Report of veterinary surgeon J.H. Steel, A.V.D., on his investigation into an obscure and fatal disease among transport mules in British Burma
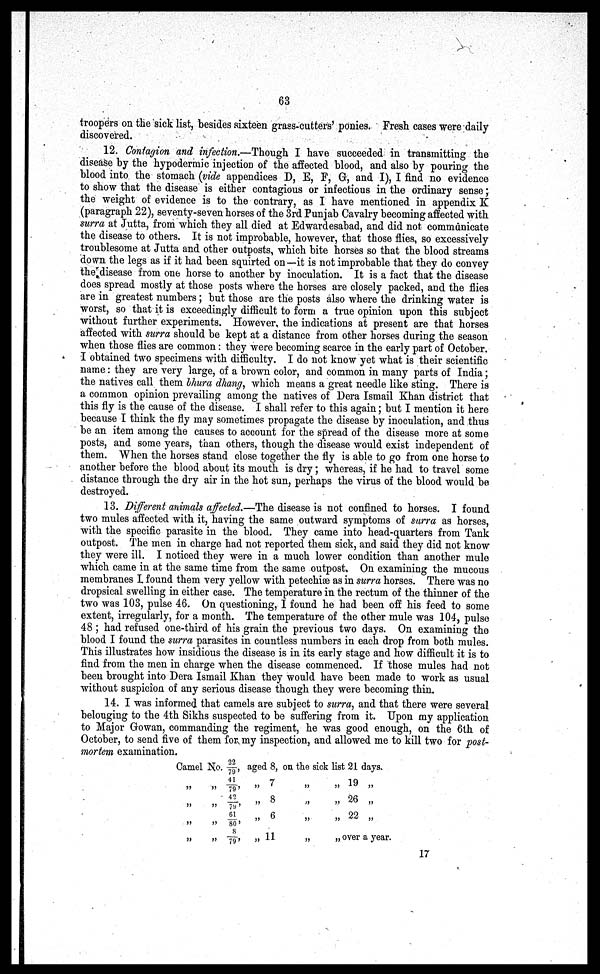
63
troopers on the sick list, besides sixteen grass-cutters' ponies. Fresh cases were daily
discovered.
12. Contagion and infection.—Though I have succeeded in transmitting the
disease by the hypodermic injection of the affected blood, and also by pouring the
blood into the stomach (vide appendices D, E, F, G, and I), I find no evidence
to show that the disease is either contagious or infectious in the ordinary sense;
the weight of evidence is to the contrary, as I have mentioned in appendix K
(paragraph 22), seventy-seven horses of the 3rd Punjab Cavalry becoming affected with
surra at Jutta, from which they all died at Edwardesabad, and did not communicate
the disease to others. It is not improbable, however, that those flies, so excessively
troublesome at Jutta and other outposts, which bite horses so that the blood streams
down the legs as if it had been squirted on—it is not improbable that they do convey
the disease from one horse to another by inoculation. It is a fact that the disease
does spread mostly at those posts where the horses are closely packed, and the flies
are in greatest numbers; but those are the posts also where the drinking water is
worst, so that it is exceedingly difficult to form a true opinion upon this subject
without further experiments. However, the indications at present are that horses
affected with surra should be kept at a distance from other horses during the season
when those flies are common: they were becoming scarce in the early part of October.
I obtained two specimens with difficulty. I do not know yet what is their scientific
name: they are very large, of a brown color, and common in many parts of India;
the natives call them bhura dhang, which means a great needle like sting. There is
a common opinion prevailing among the natives of Dera Ismail Khan district that
this fly is the cause of the disease. I shall refer to this again; but I mention it here
because I think the fly may sometimes propagate the disease by inoculation, and thus
be an item among the causes to account for the spread of the disease more at some
posts, and some years, than others, though the disease would exist independent of
them. When the horses stand close together the fly is able to go from one horse to
another before the blood about its mouth is dry; whereas, if he had to travel some
distance through the dry air in the hot sun, perhaps the virus of the blood would be
destroyed.
13. Different animals affected.—The disease is not confined to horses. I found
two mules affected with it, having the same outward symptoms of surra as horses,
with the specific parasite in the blood. They came into head-quarters from Tank
outpost. The men in charge had not reported them sick, and said they did not know
they were ill. I noticed they were in a much lower condition than another mule
which came in at the same time from the same outpost, On examining the mucous
membranes I found them very yellow with petechiae as in surra horses. There was no
dropsical swelling in either case. The temperature in the rectum of the thinner of the
two was 103, pulse 46. On questioning, I found he had been off his feed to some
extent, irregularly, for a month. The temperature of the other mule was 104, pulse
48 ; had refused one-third of his grain the previous two days. On examining the
blood I found the surra parasites in countless numbers in each drop from both mules.
This illustrates how insidious the disease is in its early stage and how difficult it is to
find from the men in charge when the disease commenced. If those mules had not
been brought into Dera Ismail Khan they would have been made to work as usual
without suspicion of any serious disease though they were becoming thin.
14. I was informed that camels are subject to surra, and that there were several
belonging to the 4th Sikhs suspected to be suffering from it. Upon my application
to Major Growan, commanding the regiment, he was good enough, on the 6th of
October, to send five of them for my inspection, and allowed me to kill two for post-
mortem examination.
Camel No.
„ „
„ „
„ „
„ „
22/79
41/ 79
42/ 79
61/ 80
8/79
aged 8,
„ 7
„ 8
„ 6
„ 1 1
onthe sick list 21 days.
„
„
19
„
„
„ 26 „
„
„
22
„
„
„ over a year.
17